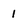
Character: 1